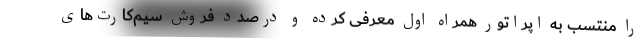
را منتسب به اپراتور همراه اول معرفی کرده و درصدد فروش سیم‌کارت‌های